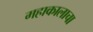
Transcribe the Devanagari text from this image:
महाकालाचा